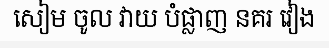
សៀម ចូល វាយ បំផ្លាញ នគរ វៀង